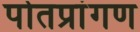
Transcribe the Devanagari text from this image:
पोतप्रांगण